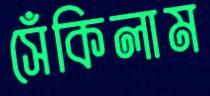
সেঁকিলাম